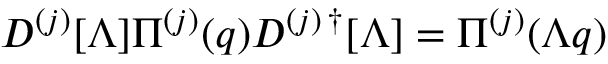
D ^ { ( j ) } [ \Lambda ] \Pi ^ { ( j ) } ( q ) D ^ { ( j ) \, \dagger } [ \Lambda ] = \Pi ^ { ( j ) } ( \Lambda q )